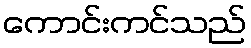
ကောင်းကင်သည်